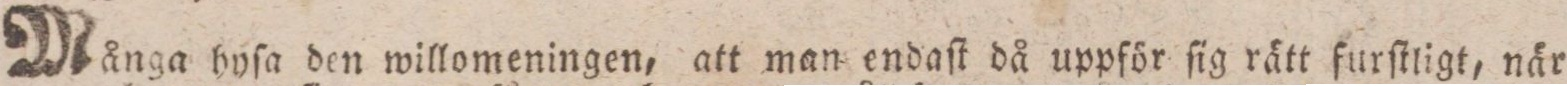
Många hyſa den willomeningen, att man endaſt då uppför ſig rätt furſtligt, när